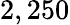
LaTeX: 2,250